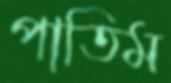
পাতিম